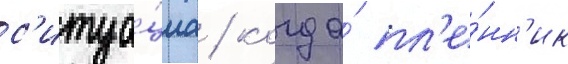
с'итуа́циа / когда́ пл'е́нн'ик